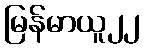
မြန်မာယူ၂၂